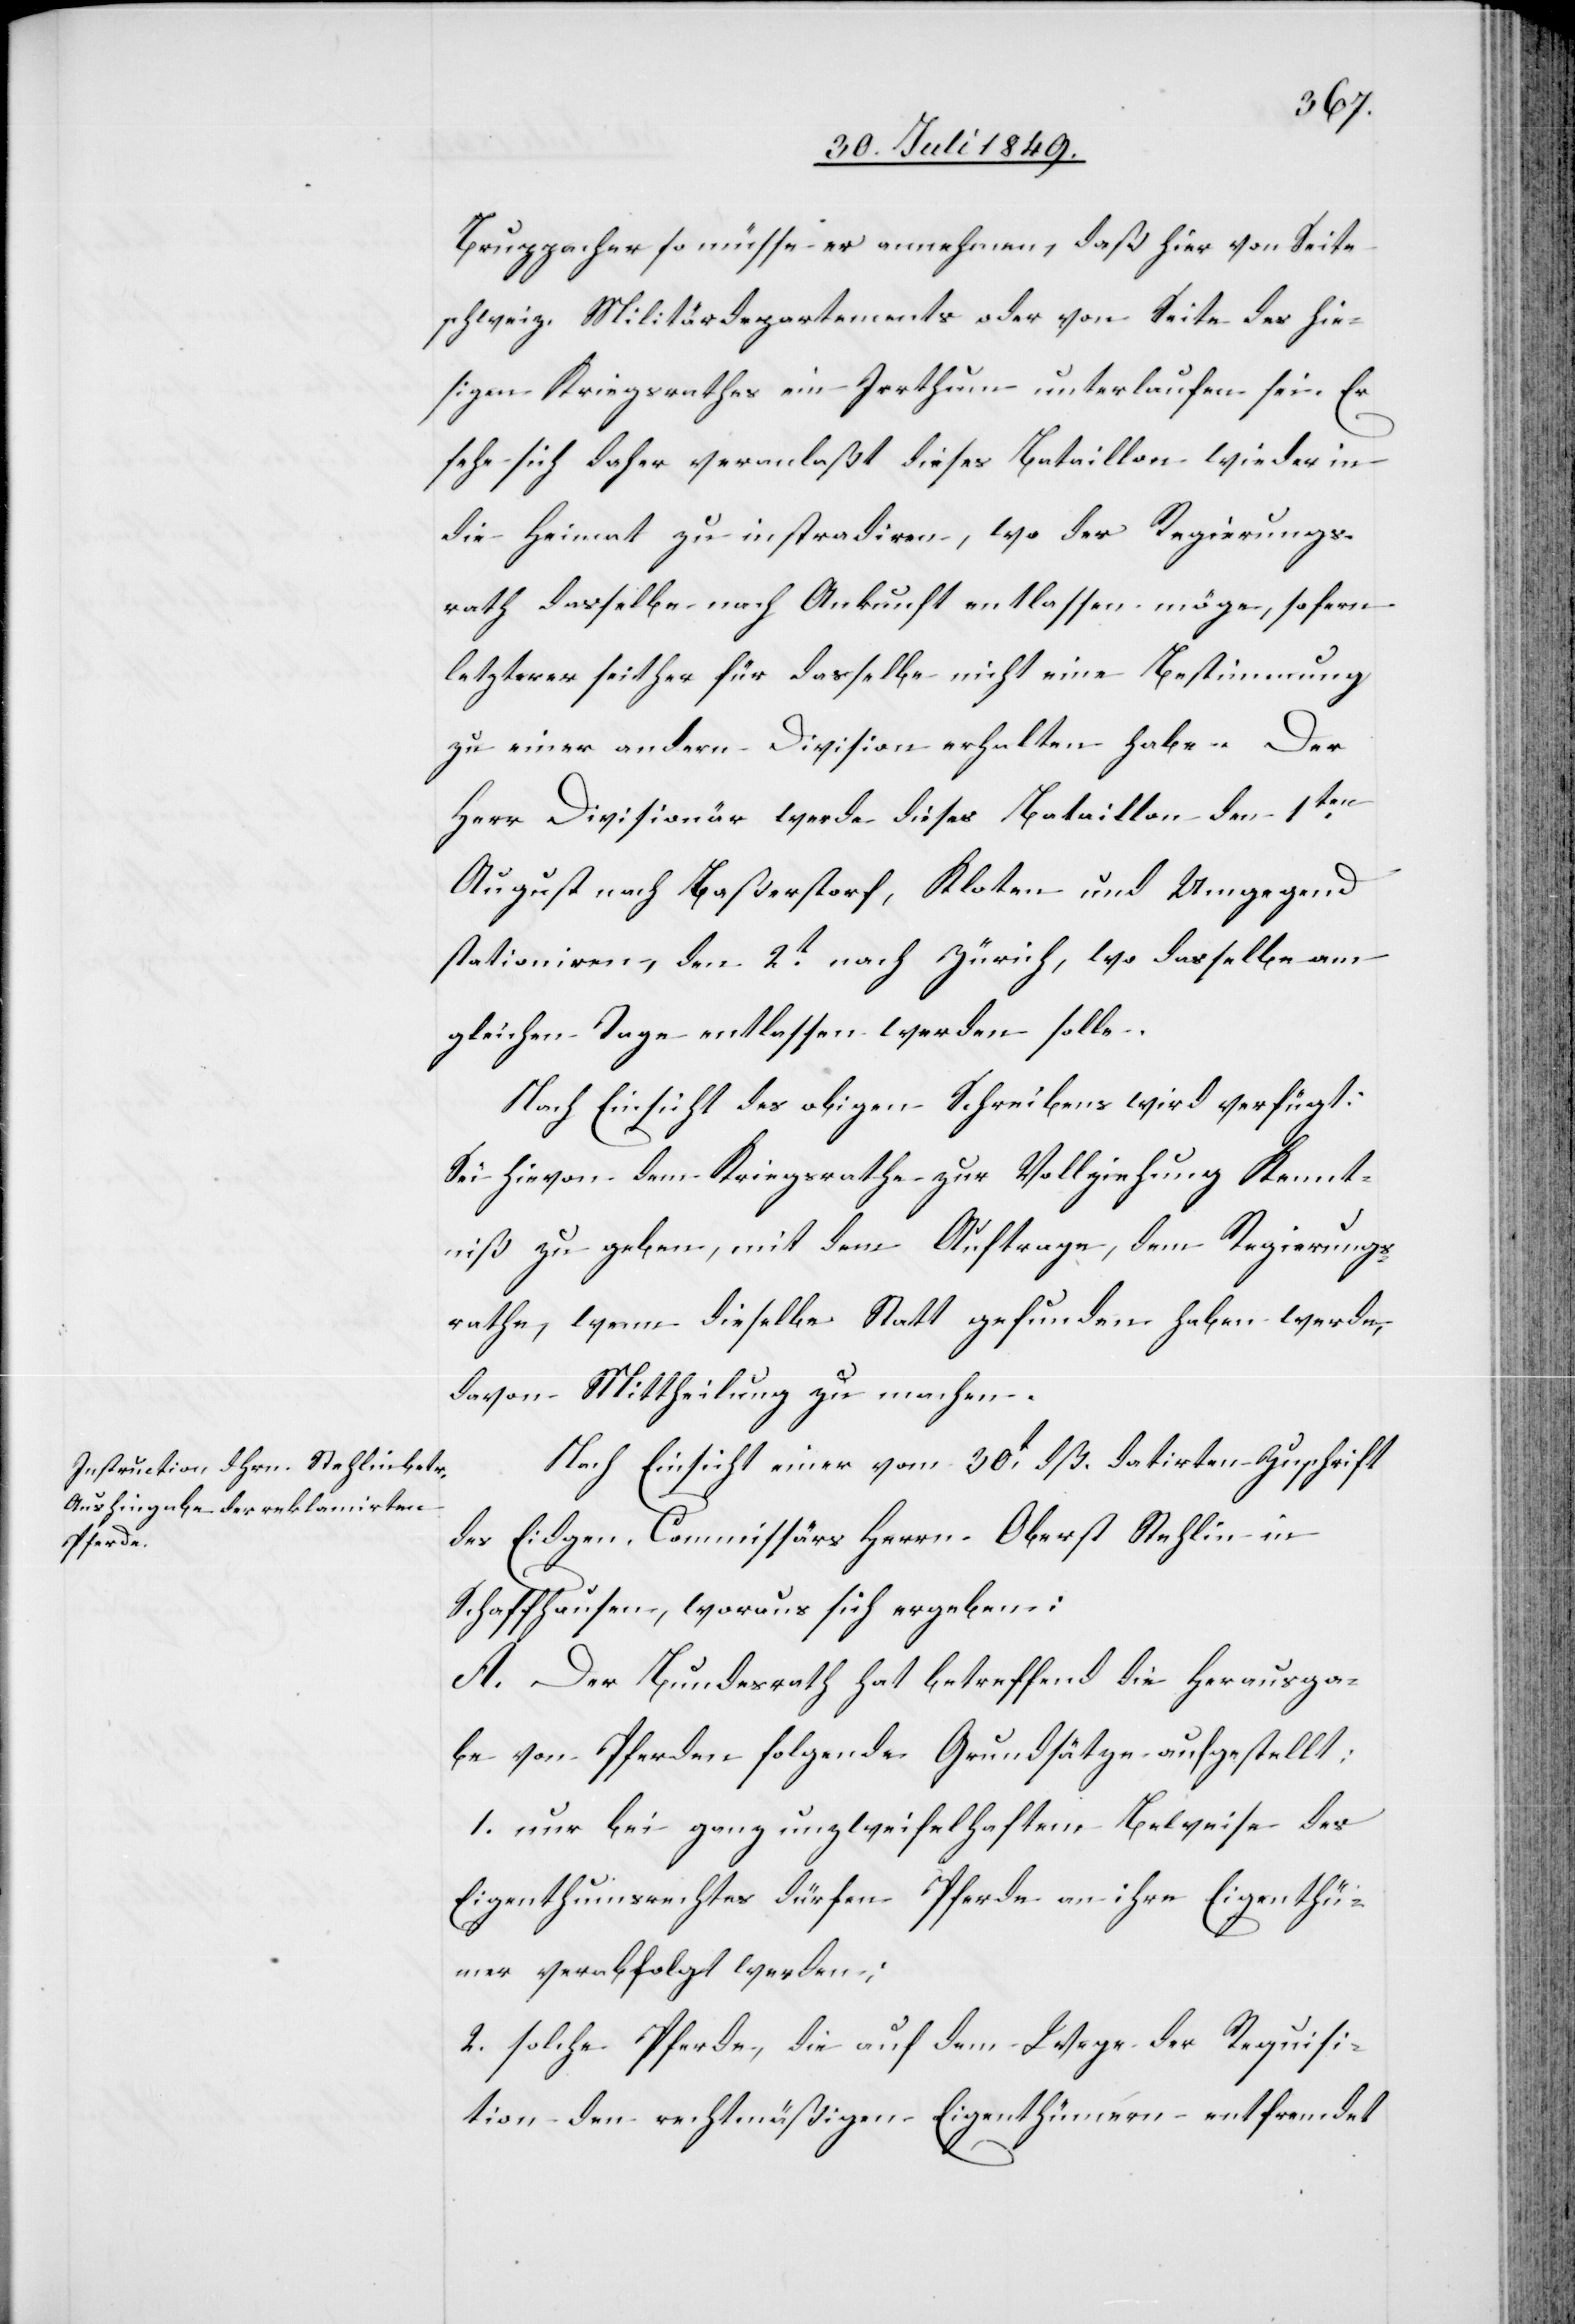
31. Juli 1849.]
Nach Einsicht einer vom 30t dß. datirten Zuschrift
des Eidgen. Commissärs Herrn Oberst Stehlin in
Schaffhausen, woraus sich ergeben:
A. Der Bundesrath hat betreffend die Herausga¬
be von Pferden folgende Grundsätze aufgestellt:
1. nur bei ganz unzweifelhaftem Beweise des
Eigenthumsrechtes dürfen Pferde an ihre Eigenthü¬
mer verabfolgt werden:
2. solche Pferde, die auf dem Wege der Requisi¬
tion den rechtmäßigen Eigenthümern entfremdet